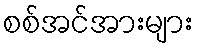
စစ်အင်အားများ